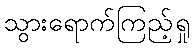
သွားရောက်ကြည့်ရှု